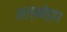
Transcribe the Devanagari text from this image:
अल्मोड़ा।